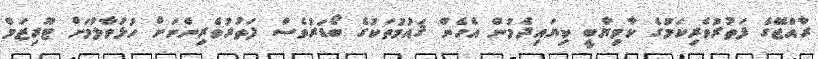
ރާއްޖޭގެ ފަތުރުވެރިކަމުގެ ކާމިޔާބީ ކިޔައިދެމުން އެހެން ޤައުމުތަކުގެ ބޯޑަރުވެސް ފަތުރުވެރިންނަށް ހުޅުވާލުމަށް ޓޫރިޒަމް